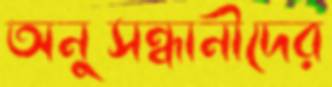
অনুসন্ধানীদের